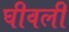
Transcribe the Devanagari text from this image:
घीवली